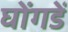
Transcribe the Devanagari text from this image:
घोंगडें